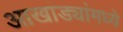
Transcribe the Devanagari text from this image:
आखाड्यांमध्ये